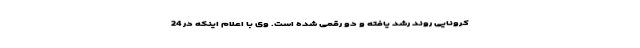
کرونایی روند رشد یافته و دو رقمی شده است. وی با اعلام اینکه در 24